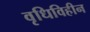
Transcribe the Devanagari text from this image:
वृधिविहीन